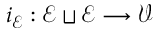
i _ { \mathcal { E } } : \mathcal { E } \sqcup \mathcal { E } \longrightarrow \mathcal { V }